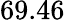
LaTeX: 69.46